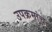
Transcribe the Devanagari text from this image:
उपक्रमांच